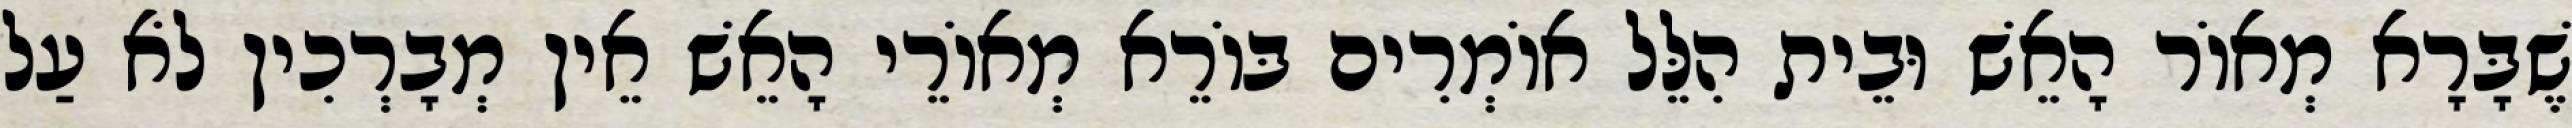
שֶׁבָּרָא מְאוֹר הָאֵשׁ וּבֵית הִלֵּל אוֹמְרִים בּוֹרֵא מְאוֹרֵי הָאֵשׁ אֵין מְבָרְכִין לֹא עַל